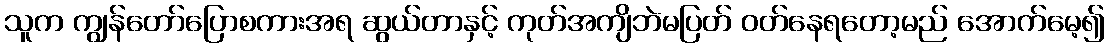
သူက ကျွန်တော်ပြောစကားအရ ဆွယ်တာနှင့် ကုတ်အကျိဘဲမပြတ် ဝတ်နေရတော့မည် အောက်မေ့၍